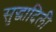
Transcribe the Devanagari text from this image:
सुद्धादिली